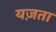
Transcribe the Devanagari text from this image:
यज़ता